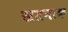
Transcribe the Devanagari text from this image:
खतनाक